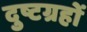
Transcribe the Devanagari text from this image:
दुष्टग्रहों